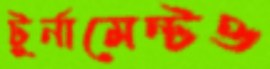
টুর্নামেন্টও